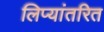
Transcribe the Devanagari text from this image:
लिप्यांतरित